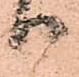
り